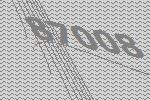
87008